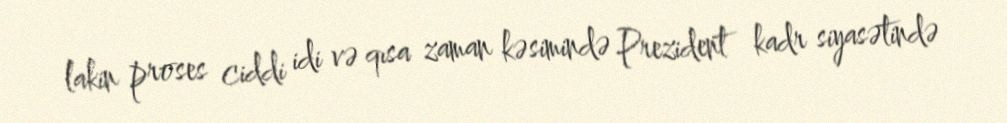
lakin proses ciddi idi və qısa zaman kəsimində Prezident kadr siyasətində